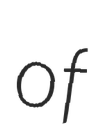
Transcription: of